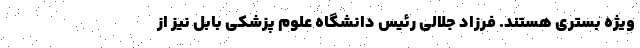
ویژه بستری هستند. فرزاد جلالی رئیس دانشگاه علوم پزشکی بابل نیز از